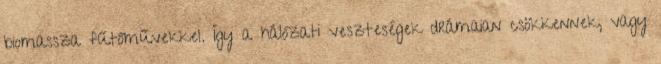
biomassza fűtőművekkel. Így a hálózati veszteségek drámaian csökkennek, vagy